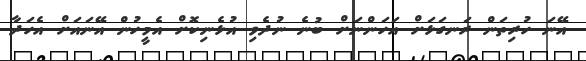
އޭނަ ހުރިތަން ރަނގަޅަށް އަހަންނަށް ބުނެ ނުދެވި އުޅެނިކޮށް އެމީހުން އޭނައަށް އެހަދާ